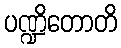
ပဏ္ဍိတောတိ